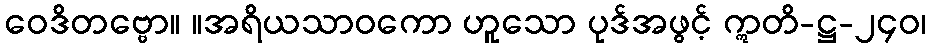
ဝေဒိတဗ္ဗော။ ။အရိယသာဝကော ဟူသော ပုဒ်အဖွင့် ဣတိ-ဋ္ဌ-၂၄၀၊